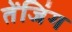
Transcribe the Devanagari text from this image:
तेंजिंग